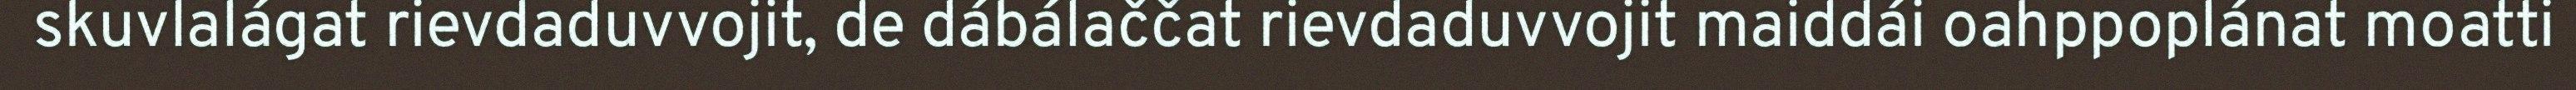
skuvlalágat rievdaduvvojit, de dábálaččat rievdaduvvojit maiddái oahppoplánat moatti